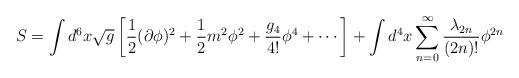
LaTeX: \begin{align*}S=\int d^6 x \sqrt{g}\left[{1\over 2} (\partial\phi)^2 + {1\over 2} m^2 \phi^2 + {g_4\over 4!} \phi^4+\cdots\right]+ \int d^4 x \sum_{n=0}^\infty {\lambda_{2n}\over (2n)!} \phi^{2n}\end{align*}